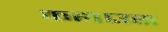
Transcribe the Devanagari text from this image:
कहा।उस